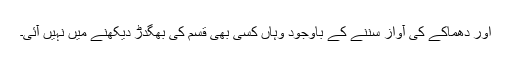
اور دھماکے کی آواز سننے کے باوجود وہاں کسی بھی قسم کی بھگدڑ دیکھنے میں نہیں آئی۔